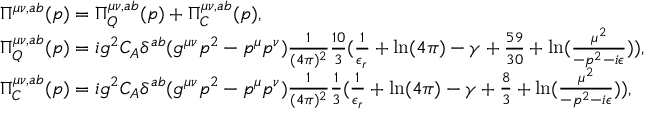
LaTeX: \begin{array} { l } { { \Pi ^ { \mu \nu , a b } ( p ) = \Pi _ { Q } ^ { \mu \nu , a b } ( p ) + \Pi _ { C } ^ { \mu \nu , a b } ( p ) , } } \\ { { \Pi _ { Q } ^ { \mu \nu , a b } ( p ) = i g ^ { 2 } C _ { A } \delta ^ { a b } ( g ^ { \mu \nu } p ^ { 2 } - p ^ { \mu } p ^ { \nu } ) \frac 1 { ( 4 \pi ) ^ { 2 } } \frac { 1 0 } { 3 } ( \frac 1 { \epsilon _ { r } } + \ln ( 4 \pi ) - \gamma + \frac { 5 9 } { 3 0 } + \ln ( \frac { \mu ^ { 2 } } { - p ^ { 2 } - i \epsilon } ) ) , } } \\ { { \Pi _ { C } ^ { \mu \nu , a b } ( p ) = i g ^ { 2 } C _ { A } \delta ^ { a b } ( g ^ { \mu \nu } p ^ { 2 } - p ^ { \mu } p ^ { \nu } ) \frac 1 { ( 4 \pi ) ^ { 2 } } \frac { 1 } { 3 } ( \frac 1 { \epsilon _ { r } } + \ln ( 4 \pi ) - \gamma + \frac { 8 } { 3 } + \ln ( \frac { \mu ^ { 2 } } { - p ^ { 2 } - i \epsilon } ) ) , } } \end{array}